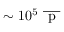
\sim 1 0 ^ { 5 } \ \overline { { \textnormal { p } } }